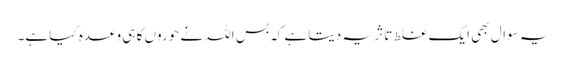
یہ سوال بھی ایک غلط تاثر یہ دیتا ہے کہ بس اللہ نے حوروں کا ہی وعدہ کیا ہے۔